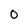
Character: 0